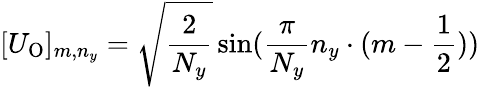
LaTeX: [U_{\mathrm{O}}]_{m,n_{y}}=\sqrt{\frac{2}{N_{y}}}\sin(\frac{\pi}{N_{y}}n_{y}\cdot(m-\frac{1}{2}))